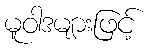
မူဝါဒများဖြင့်